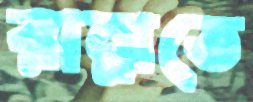
রান্নাতে